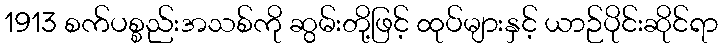
1913 စက်ပစ္စည်းအသစ်ကို ဆွမ်းတို့ဖြင့် ထုပ်များနှင့် ယာဉ်ပိုင်းဆိုင်ရာ